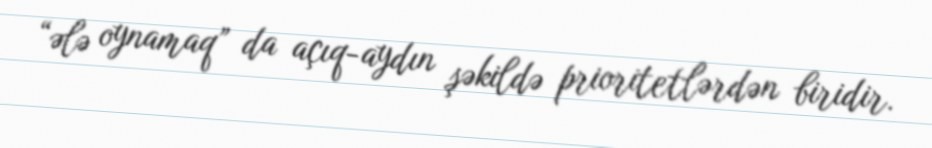
“ələ oynamaq” da açıq-aydın şəkildə prioritetlərdən biridir.